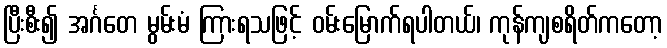
ပြီးစီး၍ အင်္ဂတေ မွမ်းမံ ကြားရသဖြင့် ဝမ်းမြောက်ရပါတယ်၊ ကုန်ကျစရိတ်ကတော့